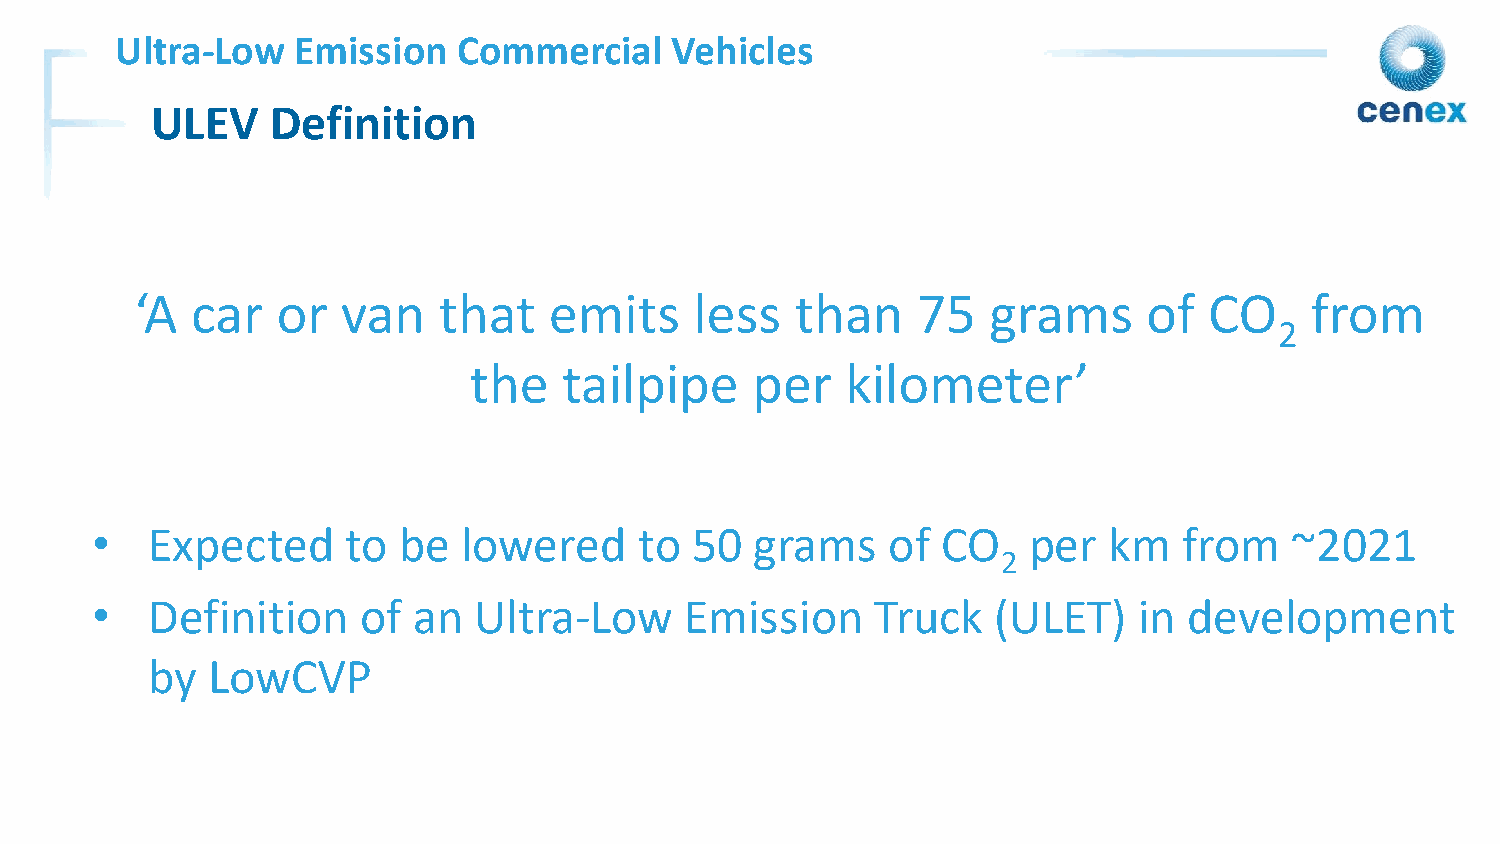
Ultra-Low   Emission  Commercial    Vehicles
 ULEV    Definition
 ‘A  car  or   van   that   emits     less   than    75   grams     of  CO     from
 2
 the   tailpipe     per   kilometer’
 •   Expected     to be   lowered    to  50  grams    of CO    per  km   from    ~2021
 2
 •   Definition    of an  Ultra-Low     Emission     Truck   (ULET)   in  development
 by  LowCVP
 3